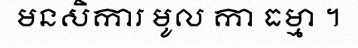
មនសិការ មូល កា ធម្មា ។